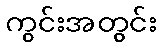
ကွင်းအတွင်း